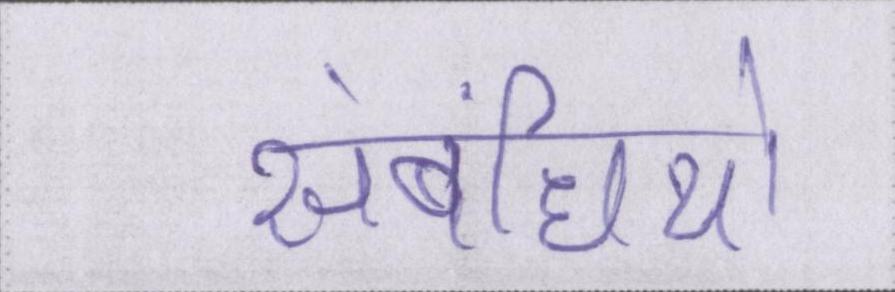
संबंधियो